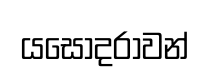
යසෝදරාවන්